Indian journal of veterinary science and animal husbandry - Volume 2,
Year: 1932
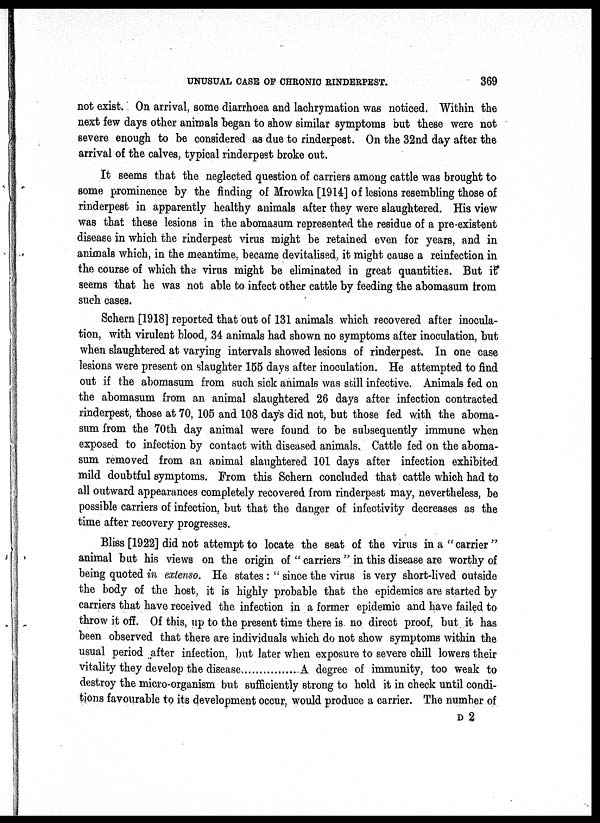
UNUSUAL CASE OF CHRONIC RINDERPEST.
369
not exist. On arrival, some diarrhoea and lachrymation was noticed. Within the
next few days other animals began to show similar symptoms but these were not
severe enough to be considered as due to rinderpest. On the 32nd day after the
arrival of the calves, typical rinderpest broke out.
It seems that the neglected question of carriers among cattle was brought to
some prominence by the finding of Mrowka [1914] of lesions resembling those of
rinderpest in apparently healthy animals after they were slaughtered. His view
was that these lesions in the abomasum represented the residue of a pre-existent
disease in which the rinderpest virus might be retained even for years, and in
animals which, in the meantime, became devitalised, it might cause a reinfection in
the course of which the virus might be eliminated in great quantities. But it
seems that he was not able to infect other cattle by feeding the abomasum from
such cases.
Schern [1918] reported that out of 131 animals which recovered after inocula-
tion, with virulent blood, 34 animals had shown no symptoms after inoculation, but
when slaughtered at varying intervals showed lesions of rinderpest. In one case
lesions were present on slaughter 155 days after inoculation. He attempted to find
out if the abomasum from such sick animals was still infective. Animals fed on
the abomasum from an animal slaughtered 26 days after infection contracted
rinderpest, those at 70, 105 and 108 days did not, but those fed with the aboma-
sum from the 70th day animal were found to be subsequently immune when
exposed to infection by contact with diseased animals. Cattle fed on the aboma-
sum removed from an animal slaughtered 101 days after infection exhibited
mild doubtful symptoms. From this Schern concluded that cattle which had to
all outward appearances completely recovered from rinderpest may, nevertheless, be
possible carriers of infection, but that the danger of infectivity decreases as the
time after recovery progresses.
Bliss [1922] did not attempt to locate the seat of the virus in a "carrier"
animal but his views on the origin of " carriers " in this disease are worthy of
being quoted in extenso. He states : " since the virus is very short-lived outside
the body of the host, it is highly probable that the epidemics are started by
carriers that have received the infection in a former epidemic and have failed to
throw it off. Of this, up to the present time there is no direct proof, but it has
been observed that there are individuals which do not show symptoms within the
usual period after infection, but later when exposure to severe chill lowers their
vitality they develop the disease
A degree of immunity, too weak to
destroy the micro-organism but sufficiently strong to hold it in check until condi-
tions favourable to its development occur, would produce a carrier. The number of
D 2